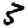
Digit: 3